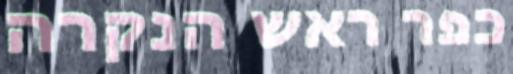
כפר ראש הנקרה